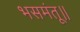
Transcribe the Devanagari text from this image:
भसमंतू॥